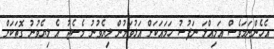
އެހެންނަމަވެސް އަމިއްލަ ނަފުސު ހަމައަކަށް އަޅުވަމުން ލިޔެވުނު މެސެޖު އެ ލިޔެވުނު ގޮތަކަށް